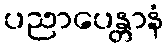
ပညာပေန္တာနံ